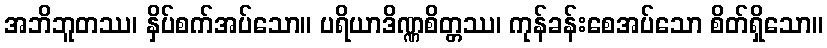
အဘိဘူတဿ၊ နှိပ်စက်အပ်သော။ ပရိယာဒိဏ္ဏစိတ္တဿ၊ ကုန်ခန်းစေအပ်သော စိတ်ရှိသော။